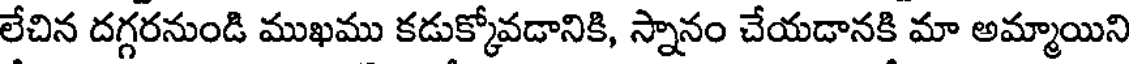
లేచిన దగ్గరనుండి ముఖము కడుక్కోవడానికి, స్నానం చేయడానకి మా అమ్మాయిని